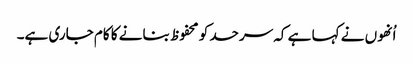
اُنھوں نے کہا ہے کہ سرحد کو محفوظ بنانے کا کام جاری ہے۔